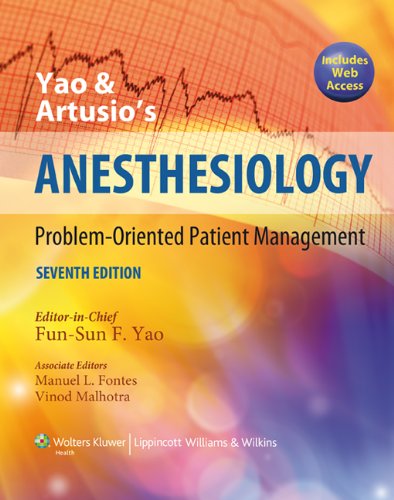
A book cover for Yao and Artusio's Anesthesiology: Problem-Oriented Patient Management; Medical Books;